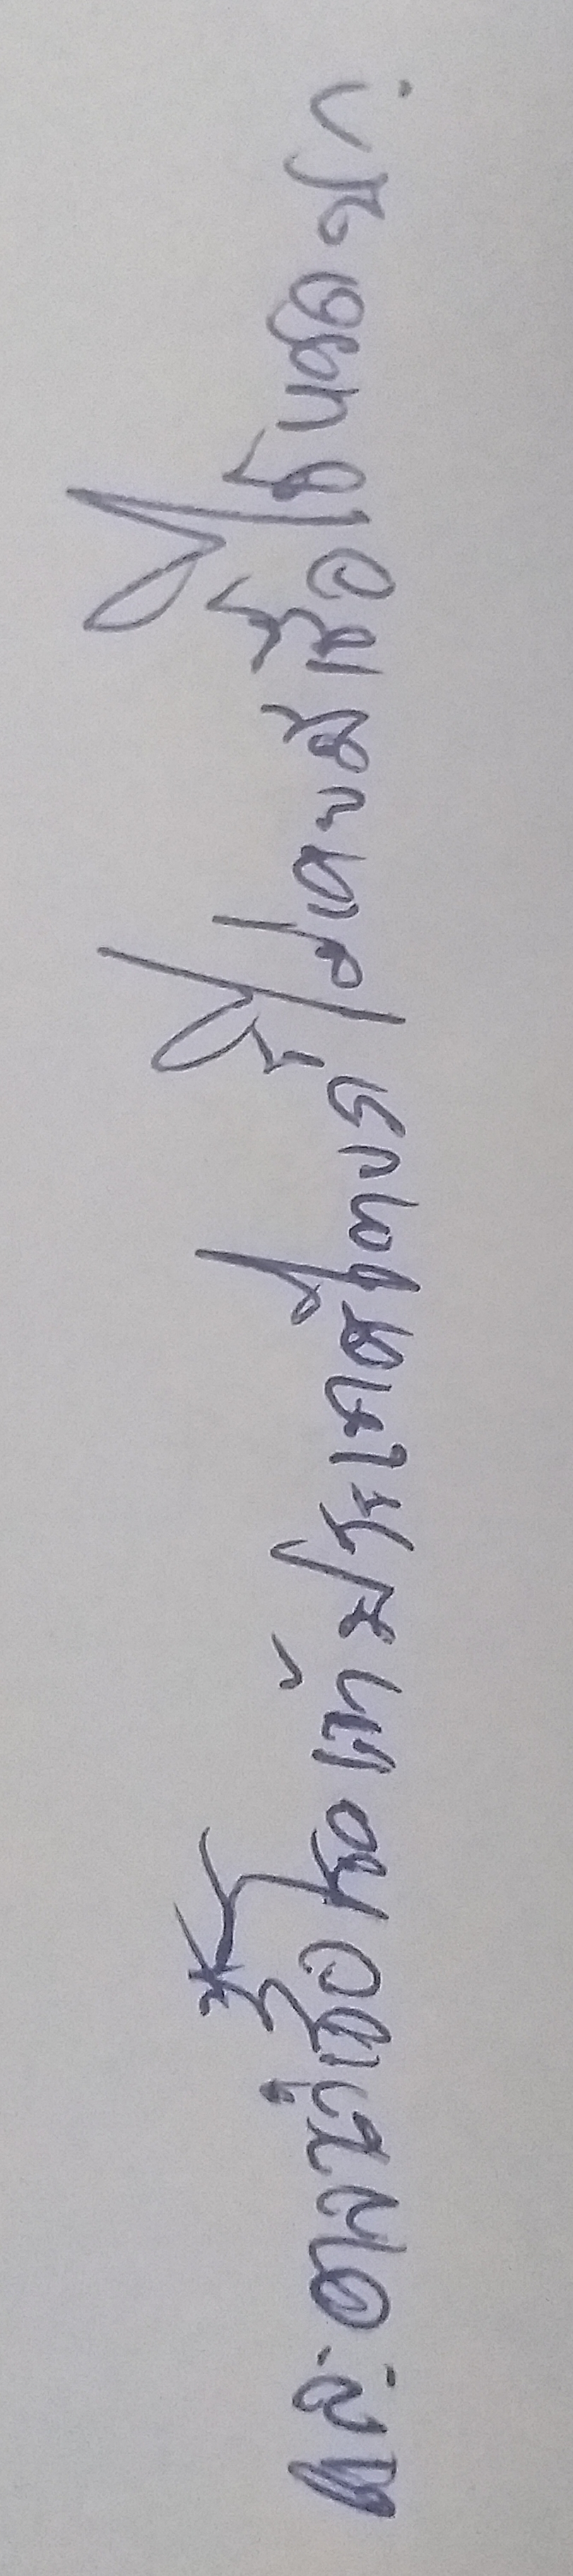
และอาจนำเชื้อโรคเข้าประเทศไทยก็ไม่เคยมีเชื้อไข้หวัดนก